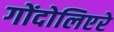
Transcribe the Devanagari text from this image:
गोंदोलिएरे